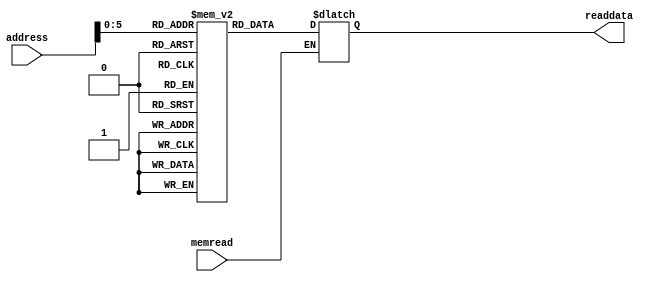
//memory unit
module IMemBank(input memread, input [7:0] address, output reg [31:0] readdata);
 
  reg [31:0] mem_array [63:0];
  
/*  integer i;
  initial begin
      for (i=0; i<64; i=i+1)   
     mem_array[i]=i*10;
  end*/


integer i;
initial
begin
	mem_array[0] = 32'b000010_11101_11100_0000000000000000;	//load r29,r28,0
	mem_array[1] = 32'b000011_11101_11101_0000000000000001;	//addi r29,r29,1
	mem_array[2] = 32'b000000_11100_11110_11011_00000_000100;//slt r28,r30,r27
	mem_array[3] = 32'b000111_11011_00000_0000000000000001;	//beq r27,r0,1
	mem_array[4] = 32'b000000_11100_00000_11110_00000_000000;//add r28,r0,r30
	mem_array[5] = 32'b000000_11111_11100_11011_00000_000100;//slt r31,r28,r27
	mem_array[6] = 32'b000111_11011_00000_0000000000000001;	//beq r27,r0,1
	mem_array[7] = 32'b000000_11100_00000_11111_00000_000000;//add r28,r0,r31
	mem_array[8] = 32'b000111_11101_01010_0000000000000001;	//beq r29,r10,1
	mem_array[9] = 32'b001001_00000000000000000000000000;		//jmp 0
	for (i=10; i<64; i=i+1)
		mem_array[i] = 32'd0;

	
end
 
  always@(memread, address)
  begin
    if(memread)begin
      readdata=mem_array[address];
    end
  end

endmodule